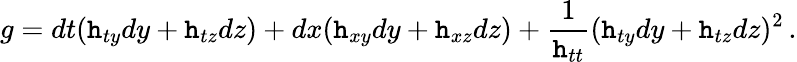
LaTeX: g=dt(\mathtt{h}_{ty}dy+\mathtt{h}_{tz}dz)+dx(\mathtt{h}_{xy}dy+\mathtt{h}_{xz}dz)+{\frac{{1}}{{\mathtt{h}_{tt}}}}(\mathtt{h}_{ty}dy+\mathtt{h}_{tz}dz)^{2}\, .